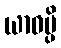
ယာဝမ္ပိ